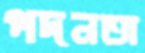
পদনতা